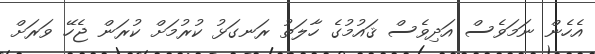
އެހެން ނަމަވެސް އަދިވެސް ޤައުމުގެ ހާލަތު ރަނގަޅު ކުރުމަށް ކުރަން ޖެހޭ ވަރަށް